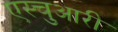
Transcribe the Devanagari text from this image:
एस्चुआरी